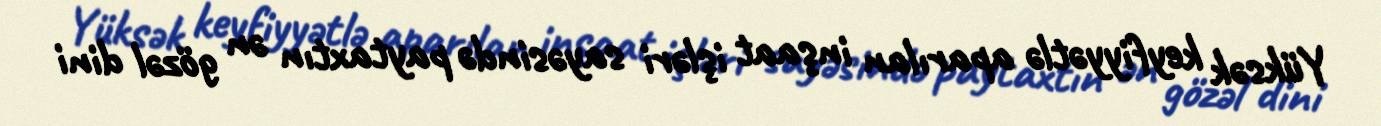
Yüksək keyfiyyətlə aparılan inşaat işləri sayəsində paytaxtın ən gözəl dini